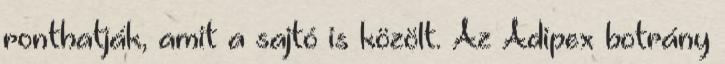
ronthatják, amit a sajtó is közölt. Az Adipex botrány